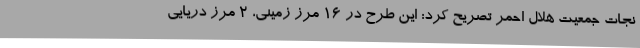
نجات جمعیت هلال احمر تصریح کرد: این طرح در ۱۶ مرز زمینی، ۲ مرز دریایی